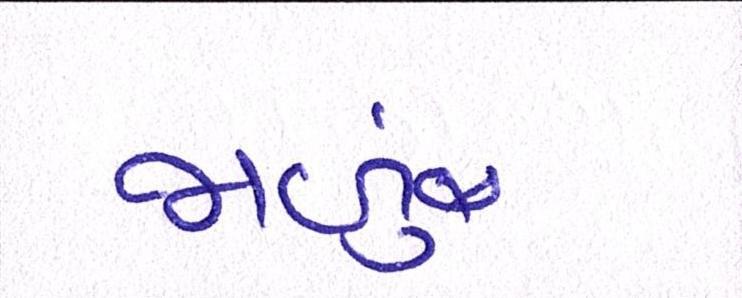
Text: જાળું